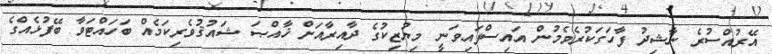
އޭރުއްސުރެ ނާޝިދު ފާހަގަކުރެވެމުން އައިސްފައިވަނީ މިޔުޒިކުގެ ދާއިރާއަށް ޚާއްޞަ ޝައުޤުވެރިކަމެއް ބަހައްޓަވާ ބޭފުޅެއްގެ